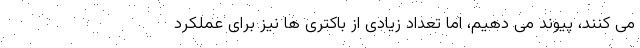
می کنند، پیوند می دهیم، اما تعداد زیادی از باکتری ها نیز برای عملکرد